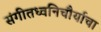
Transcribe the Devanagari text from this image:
संगीतध्वनिचौर्याचा